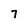
Character: 7